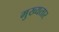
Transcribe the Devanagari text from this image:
मुख्यतार